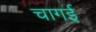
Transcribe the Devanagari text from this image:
चागई